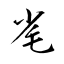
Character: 毟